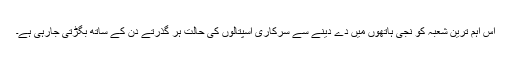
اس اہم ترین شعبہ کو نجی ہاتھوں میں دے دینے سے سرکاری اسپتالوں کی حالت ہر گذرتے دن کے ساتھ بگڑتی جارہی ہے۔